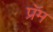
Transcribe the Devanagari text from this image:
प्रॅम